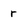
Character: r